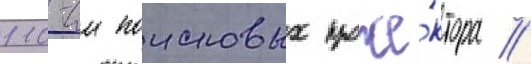
110-см поисковых проже́ктора //